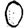
Digit: 0